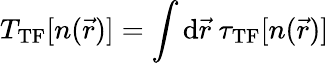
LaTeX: T_{\mathrm{TF}}[n(\vec{r})]=\int{\mathrm{d}}\vec{r}~\tau_{\mathrm{TF}}[n(\vec{r})]